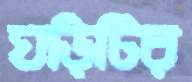
ঘড়িটির